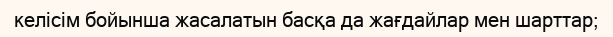
келісім бойынша жасалатын басқа да жағдайлар мен шарттар;